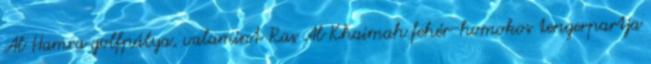
Al Hamra golfpálya, valamint Ras Al Khaimah fehér-homokos tengerpartja